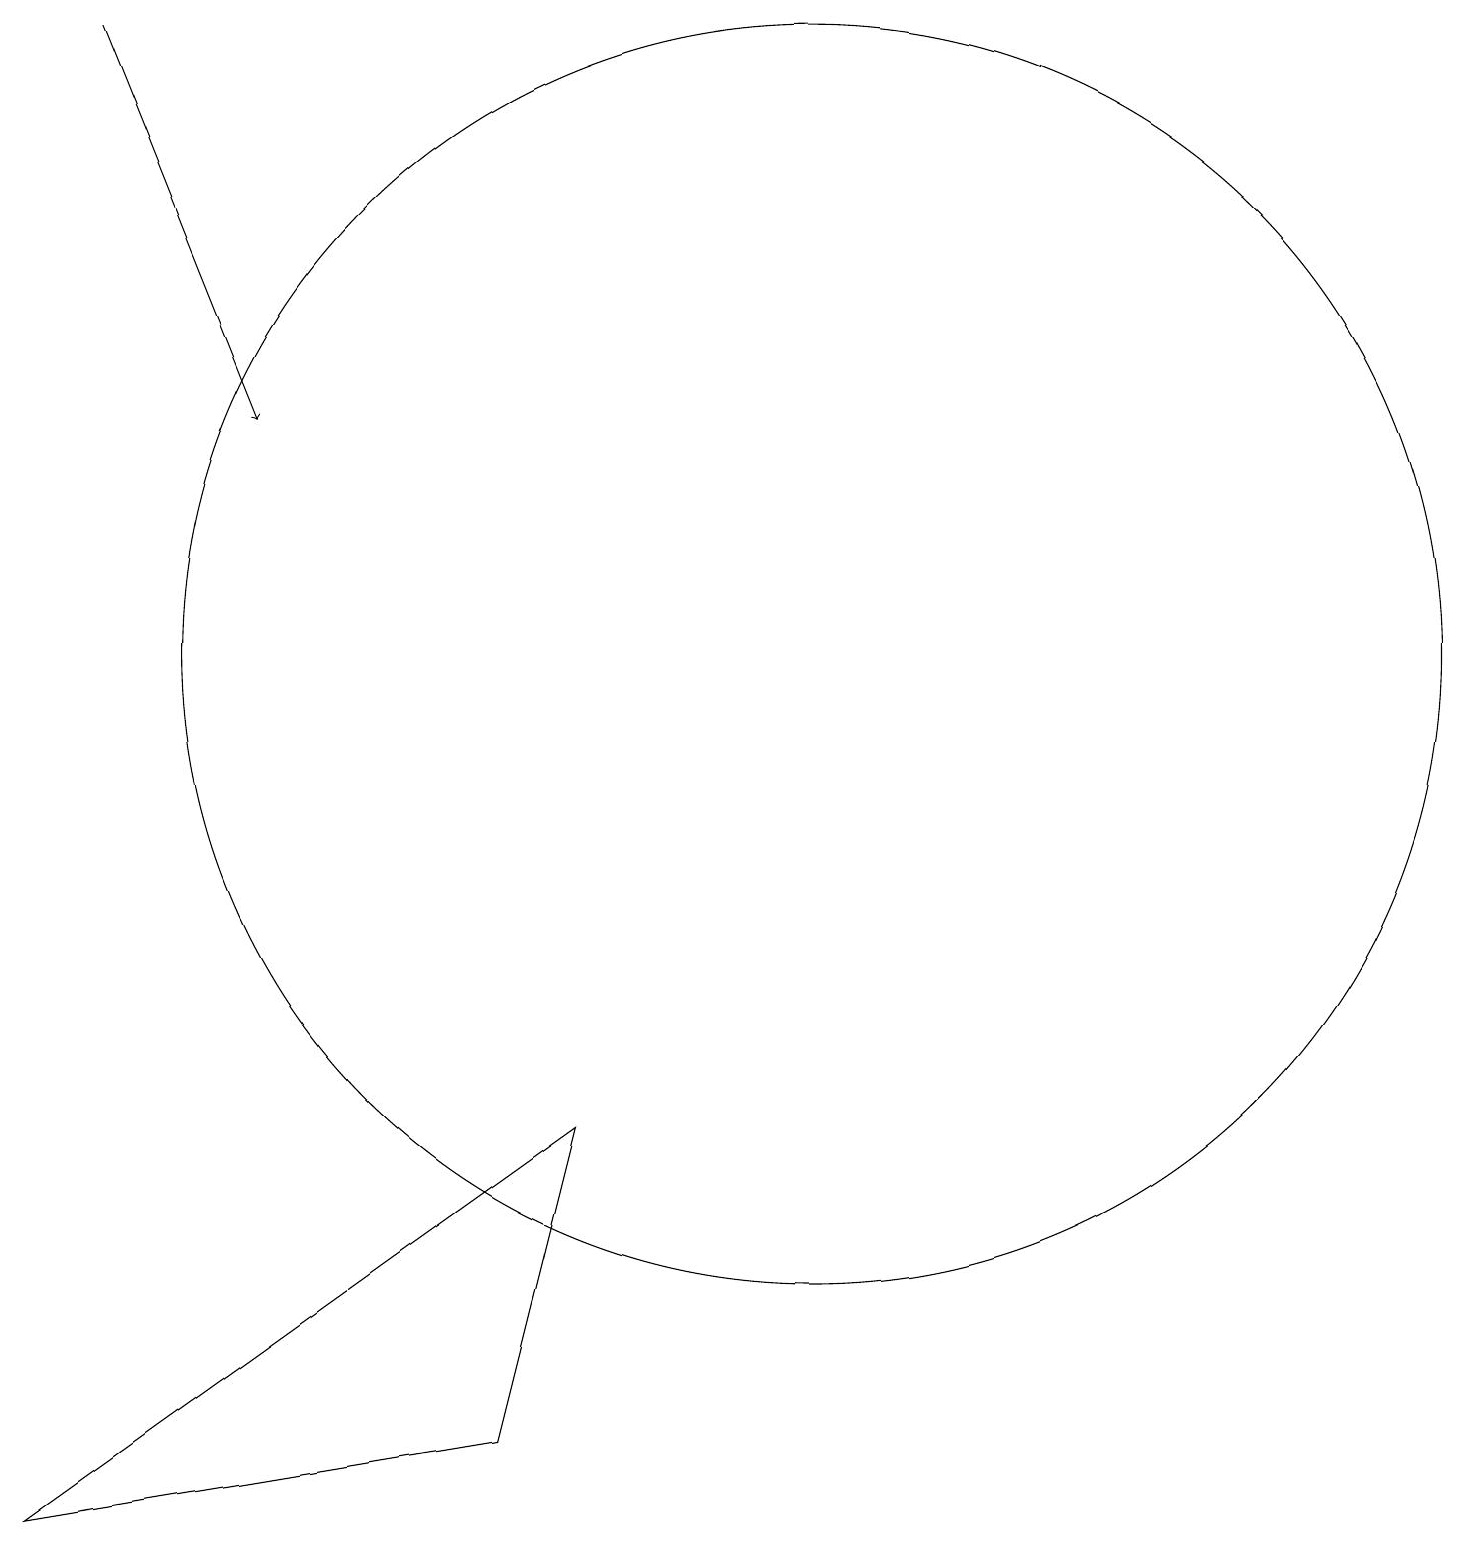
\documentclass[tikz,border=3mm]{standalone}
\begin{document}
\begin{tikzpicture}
\draw (10,11) circle (8);
\draw (6,1) -- (0,0) -- (7,5) -- cycle;
\draw[->] (1,19) -- (3,14);
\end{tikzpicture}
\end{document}